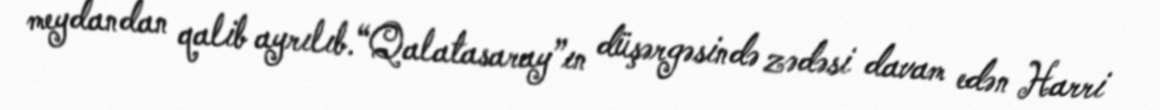
meydandan qalib ayrılıb.“Qalatasaray”ın düşərgəsində zədəsi davam edən Harri